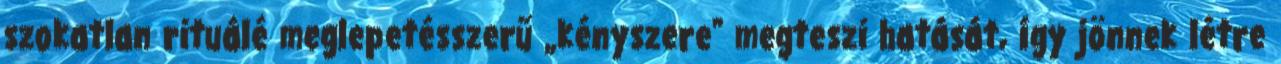
szokatlan rituálé meglepetéssze­rű „kényszere" megteszi hatását, így jönnek létre